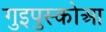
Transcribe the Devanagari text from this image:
गुइपुस्कोआ